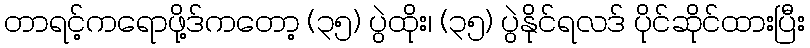
တာရင့်ကရောဖို့ဒ်ကတော့ (၃၅) ပွဲထိုး၊ (၃၅) ပွဲနိုင်ရလဒ် ပိုင်ဆိုင်ထားပြီး